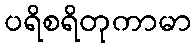
ပရိစရိတုကာမာ